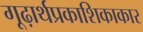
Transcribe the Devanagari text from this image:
गूढ़ार्थप्रकाशिकाकार